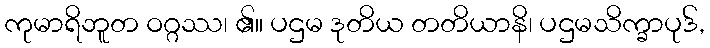
ကုမာရိဘူတ ဝဂ္ဂဿ၊ ၏။ ပဌမ ဒုတိယ တတိယာနိ၊ ပဌမသိက္ခာပုဒ်,